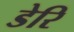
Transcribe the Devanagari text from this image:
डेरि